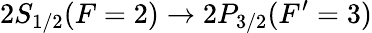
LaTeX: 2S_{1/2}(F=2)\rightarrow 2P_{3/2}(F^{\prime}=3)